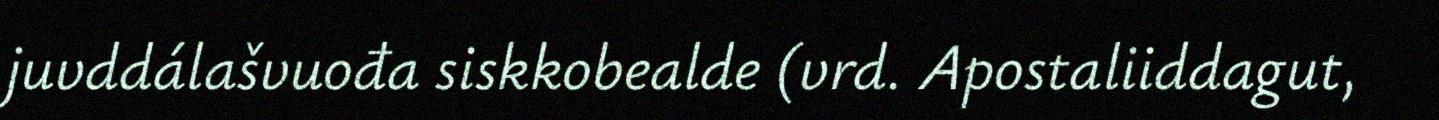
juvddálašvuođa siskkobealde (vrd. Apostaliiddagut,